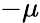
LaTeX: -\mu